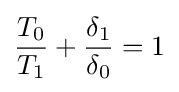
{\frac {T_{0}}{T_{1}}}+{\frac {\delta _{1}}{\delta _{0}}}=1